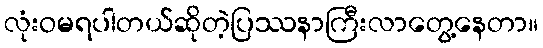
လုံးဝမရပါတယ်ဆိုတဲ့ပြဿနာကြီးလာတွေ့နေတာ။